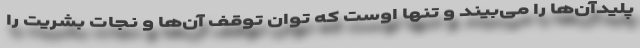
پلیدآن‌ها را می‌بیند و تنها اوست که توان توقف آن‌ها و نجات بشریت را